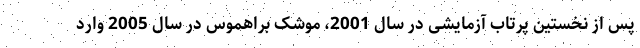
پس از نخستین پرتاب آزمایشی در سال 2001، موشک براهموس در سال 2005 وارد